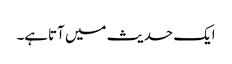
ایک حدیث میں آتاہے۔